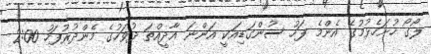
ލޯގޯ ހުށަހެޅުމުގެ އެންމެ ފަހު ސުންގަޑިއަކީ އަންނަ އާދީއްތަ ދުވަހުގެ މެންދުރުފަހު 2:00